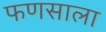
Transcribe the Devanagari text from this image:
फणसाला